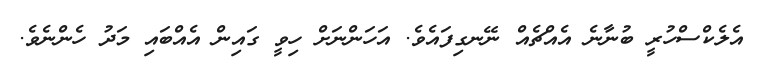
އެލެކްސްހުރީ ބުނާނެ އެއްޗެއް ނޭނގިފައެވެ. އަހަންނަށް ހިވީ ގައިން އެއްބައި މަދު ހެންނެވެ.